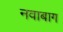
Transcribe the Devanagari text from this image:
नवाबाग